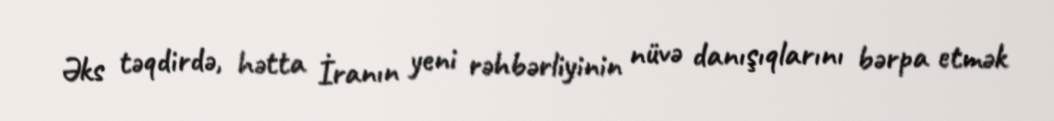
Əks təqdirdə, hətta İranın yeni rəhbərliyinin nüvə danışıqlarını bərpa etmək